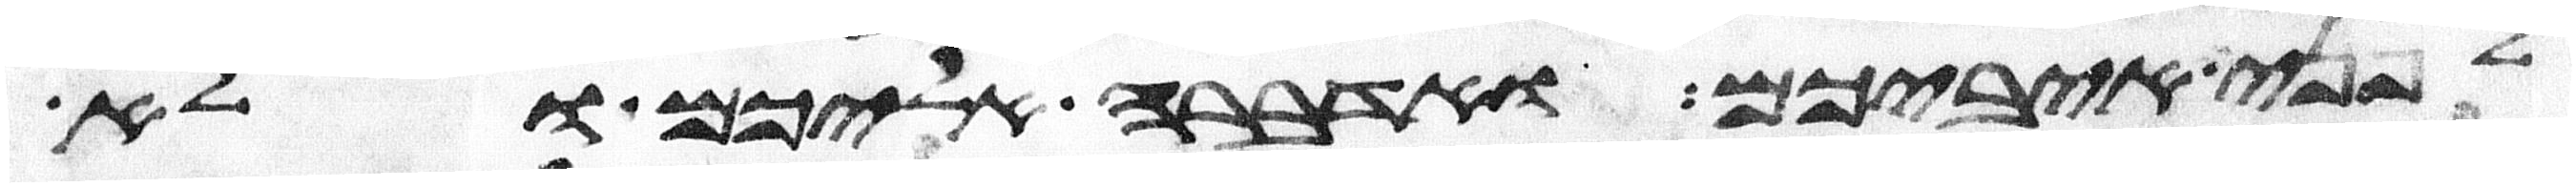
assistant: לפני איביכם ואדברה אליכם ולא